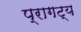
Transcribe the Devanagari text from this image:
प्रागट्य